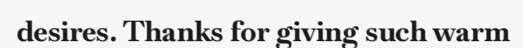
desires. Thanks for giving such warm